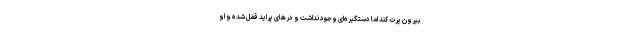
بیرون پرت کند اما دستگیره‌ای وجود نداشت و درهای پراید قفل شده و او